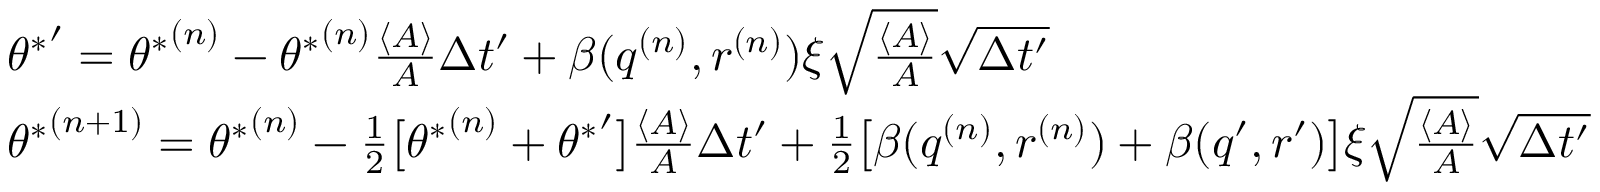
\begin{array} { r l } & { { \theta ^ { * } } ^ { \prime } = { \theta ^ { * } } ^ { ( n ) } - { \theta ^ { * } } ^ { ( n ) } \frac { \langle A \rangle } { A } \Delta t ^ { \prime } + \beta ( q ^ { ( n ) } , r ^ { ( n ) } ) \xi \sqrt { \frac { \langle A \rangle } { A } } \sqrt { \Delta t ^ { \prime } } } \\ & { { \theta ^ { * } } ^ { ( n + 1 ) } = { \theta ^ { * } } ^ { ( n ) } - \frac { 1 } { 2 } \big [ { \theta ^ { * } } ^ { ( n ) } + { \theta ^ { * } } ^ { \prime } \big ] \frac { \langle A \rangle } { A } \Delta t ^ { \prime } + \frac { 1 } { 2 } \big [ \beta ( q ^ { ( n ) } , r ^ { ( n ) } ) + \beta ( q ^ { \prime } , r ^ { \prime } ) \big ] \xi \sqrt { \frac { \langle A \rangle } { A } } \sqrt { \Delta t ^ { \prime } } } \end{array}